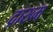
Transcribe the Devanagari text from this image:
द्राख्म